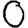
Digit: 0